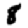
Digit: 8